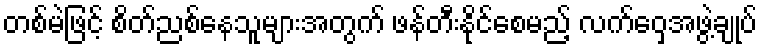
တစ်မဲဖြင့် စိတ်ညစ်နေသူများအတွက် ဖန်တီးနိုင်စေမည့် လက်ဝှေ့အဖွဲ့ချုပ်